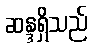
ဆန္ဒရှိသည်